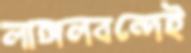
লাঙ্গলবন্দেই